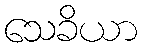
သေခိယာ